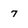
Character: 7